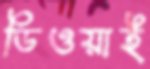
ডিওয়াই